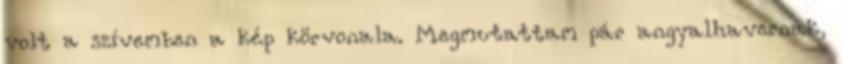
volt a szívemben a kép körvonala. Megmutattam pár angyalhavernak,